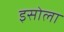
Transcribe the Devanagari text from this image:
इसोला